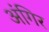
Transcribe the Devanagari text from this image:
अंगिर